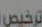
ترخيص